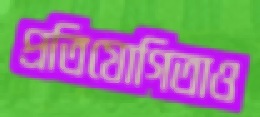
প্রতিযোগিতাও